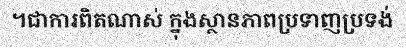
។ជាការពិតណាស់ ក្នុងស្ថានភាពប្រទាញប្រទង់